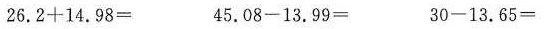
$$2 6 . 2 + 1 4 . 9 8 =$$ $$4 5 . 0 8 - 1 3 . 9 9 =$$ $$3 0 -1 3 . 6 5 =$$